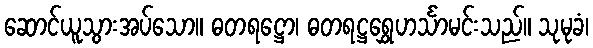
ဆောင်ယူသွားအပ်သော။ ဓတရဋ္ဌော၊ ဓတရဋ္ဌရွှေဟင်္သာမင်းသည်။ သုမုခံ၊